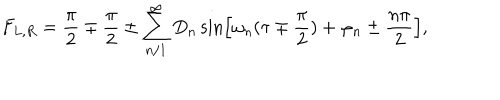
F _ { L , R } = \frac { \pi } { 2 } \mp \frac { \pi } { 2 } \pm \sum _ { n / 1 } ^ { \infty } D _ { n } \sin \left[ \omega _ { n } ( \tau \mp \frac { \pi } { 2 } ) + \varphi _ { n } \pm \frac { n \pi } { 2 } \right] ,